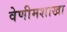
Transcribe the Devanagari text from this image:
वेणीमशाखा